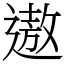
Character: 遨